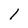
Character: 1